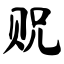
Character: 贶